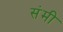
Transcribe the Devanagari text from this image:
संमी